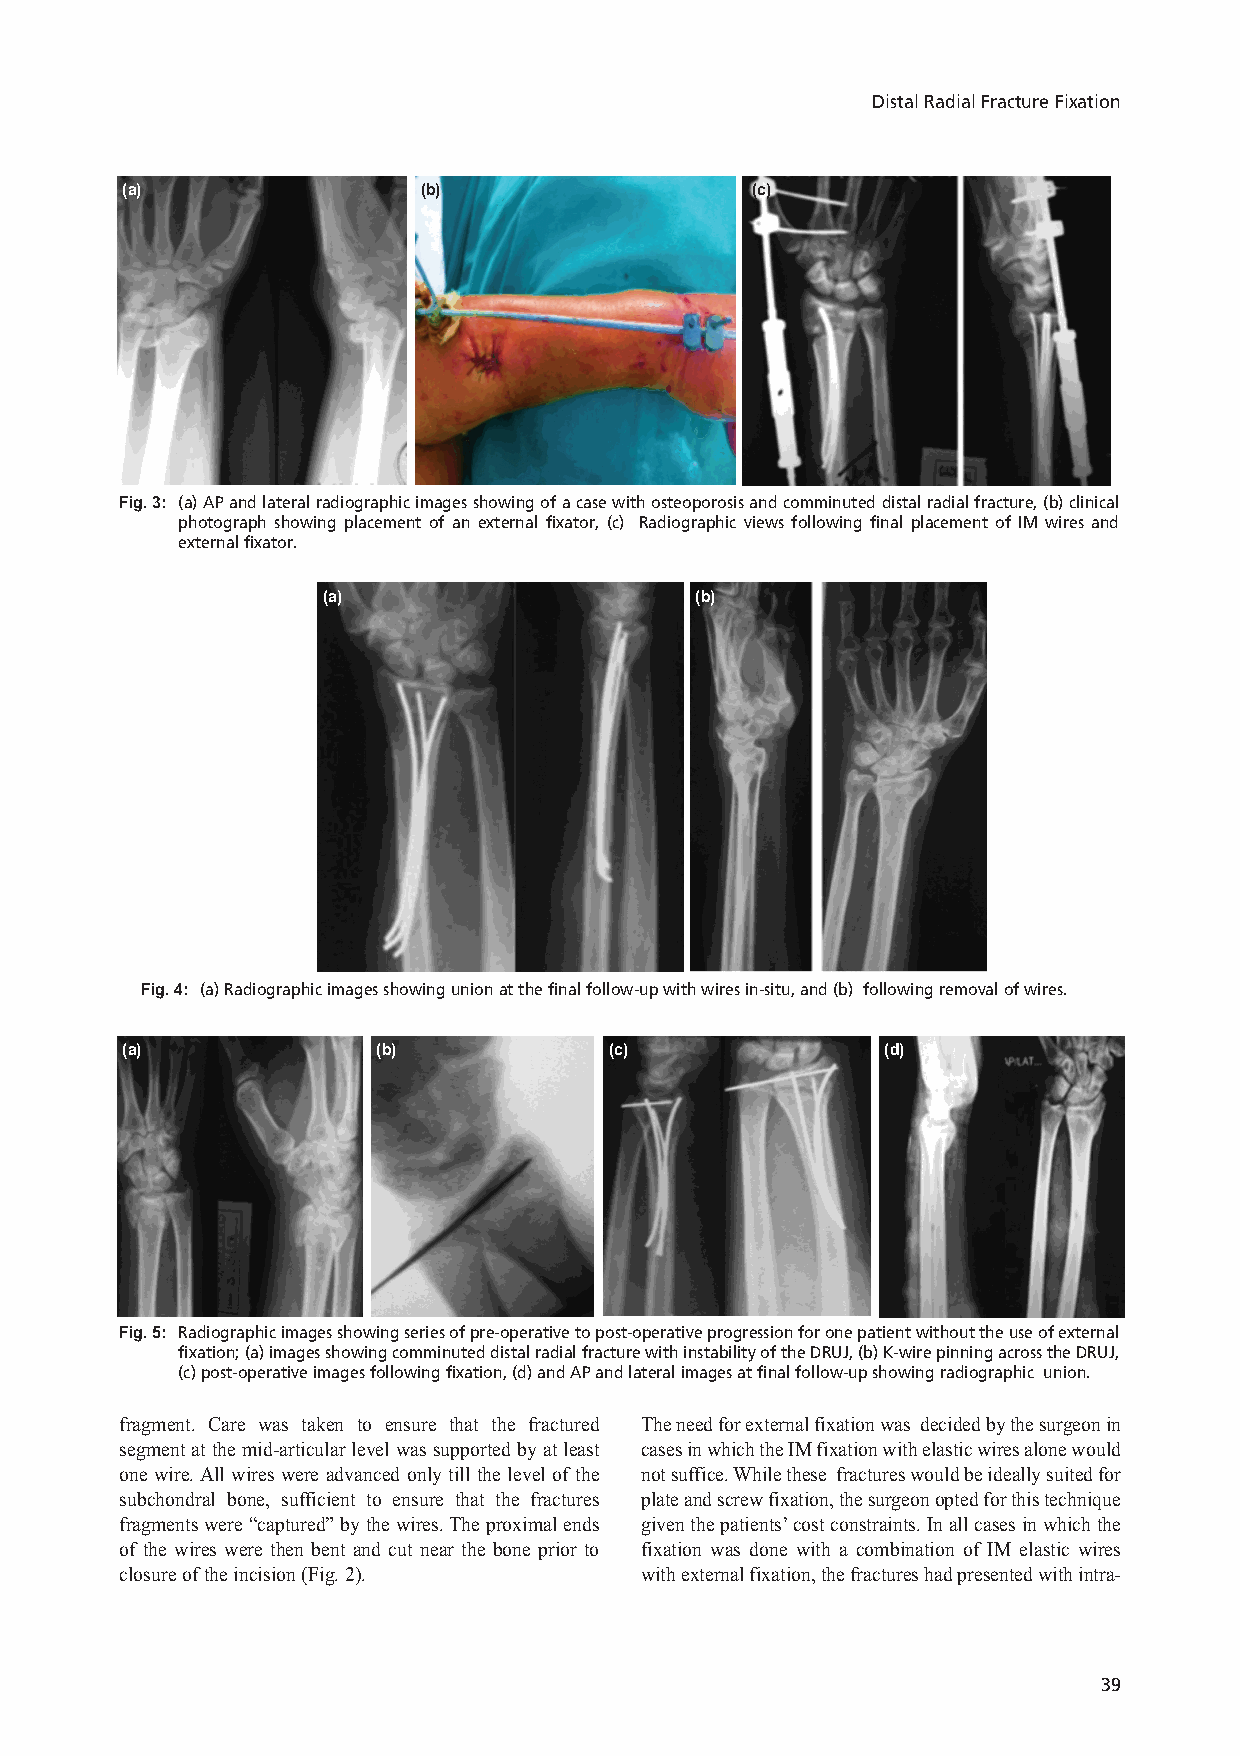
6-OS6-286_OA1 11/21/21 11:22 PM Page 39
 Distal Radial Fracture Fixation
 (a)                 (b)                   (c)
 (a) AP and lateral radiographic images showing of a case with osteoporosis and comminuted distal radial fracture, (b) clinical
 Fig. 3:
 photograph showing placement of an external fixator, (c) Radiographic views following final placement of IM wires and
 external fixator.
 (a)                      (b)
 (a) Radiographic images showing union at the final follow-up with wires in-situ, and (b) following removal of wires.
 Fig. 4:
 (a)              (b)            (c)               (d)
 Radiographic images showing series of pre-operative to post-operative progression for one patient without the use of external
 Fig. 5:
 fixation; (a) images showing comminuted distal radial fracture with instability of the DRUJ, (b) K-wire pinning across the DRUJ,
 (c) post-operative images following fixation, (d) and AP and lateral images at final follow-up showing radiographic union.
 fragment. Care was taken to ensure that the fractured The need for external fixation was decided by the surgeon in
 segment at the mid-articular level was supported by at least cases in which the IM fixation with elastic wires alone would
 one wire. All wires were advanced only till the level of the not suffice. While these fractures would be ideally suited for
 subchondral bone, sufficient to ensure that the fractures plate and screw fixation, the surgeon opted for this technique
 fragments were “captured” by the wires. The proximal ends given the patients’ cost constraints. In all cases in which the
 of the wires were then bent and cut near the bone prior to fixation was done with a combination of IM elastic wires
 closure of the incision (Fig. 2). with external fixation, the fractures had presented with intra-
 39